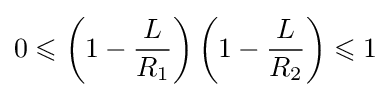
0\leqslant \left(1-{\frac {L}{R_{1}}}\right)\left(1-{\frac {L}{R_{2}}}\right)\leqslant 1